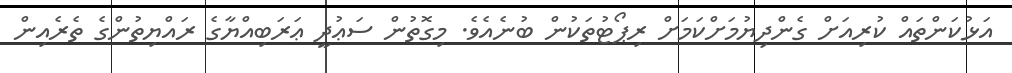
އަޅުކަންތައް ކުރިއަށް ގެންދިޔުމަށްކަމަށް ރިޕޯޓުތަކުން ބުނެއެވެ. މިގޮތުން ސަޢުދީ ޢަރަބިއްޔާގެ ރައްޔިތުންގެ ތެރެއިން